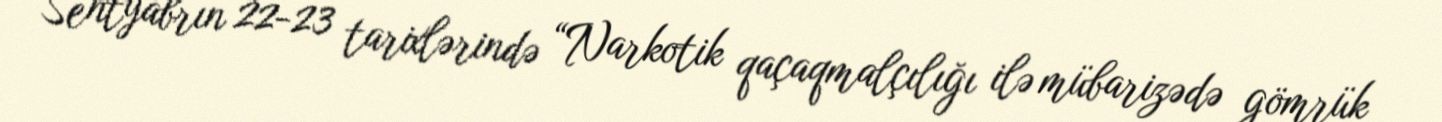
Sentyabrın 22-23 tarixlərində “Narkotik qaçaqmalçılığı ilə mübarizədə gömrük